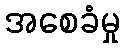
အစေခံမှု